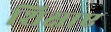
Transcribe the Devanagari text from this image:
शिक्षाए